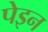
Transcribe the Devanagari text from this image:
पेइन